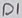
Text: D1